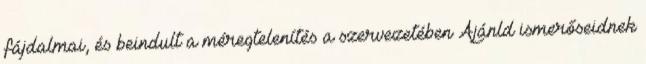
fájdalmai, és beindult a méregtelenítés a szervezetében Ajánld ismerőseidnek